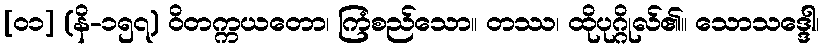
[၀၁] (နိ-၁၅၇) ဝိတက္ကယတော၊ ကြံစည်သော။ တဿ၊ ထိုပုဂ္ဂိုလ်၏။ သောသဒ္ဒေါ၊